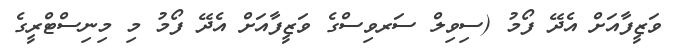
ވަޒީފާއަށް އެދޭ ފޯމު (ސިވިލް ސަރވިސްގެ ވަޒީފާއަށް އެދޭ ފޯމު މި މިނިސްޓްރީގެ